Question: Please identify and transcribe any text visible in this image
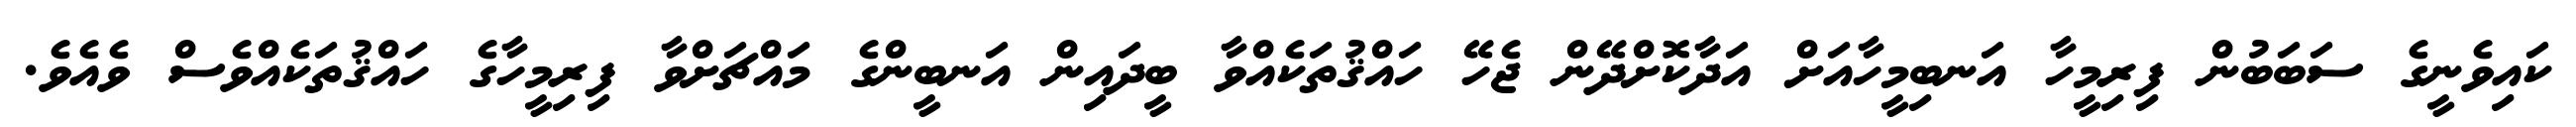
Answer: ކައިވެނީގެ ސަބަބުން ފިރިމީހާ އަނބިމީހާއަށް އަދާކޮށްދޭން ޖެހޭ ހައްޤުތަކެއްވާ ބީދައިން އަނބީންގެ މައްޗަށްވާ ފިރިމީހާގެ ހައްޤުތަކެއްވެސް ވެއެވެ.